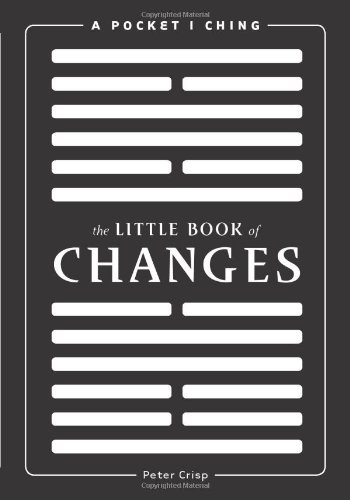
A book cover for The Little Book of Changes: A Pocket I Ching; Peter Crisp; Religion & Spirituality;